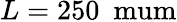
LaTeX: L=250~\mathrm{\ mum}